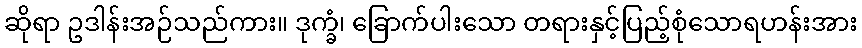
ဆိုရာ ဥဒါန်းအဉ်သည်ကား။ ဒုက္ခံ၊ ခြောက်ပါးသော တရားနှင့်ပြည့်စုံသောရဟန်းအား